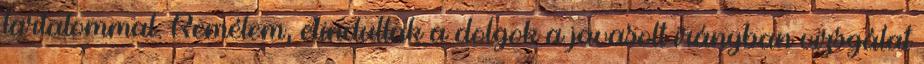
tartalommal. Remélem, elindultak a dolgok a javasolt irányban vizsgálat